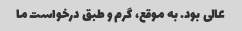
عالی بود. به موقع، گرم و طبق درخواست ما